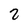
Character: 2